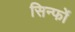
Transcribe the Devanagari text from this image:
सिन्फों